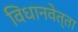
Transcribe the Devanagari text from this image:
विधानवेत्ता